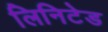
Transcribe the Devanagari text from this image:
लिनिटेड